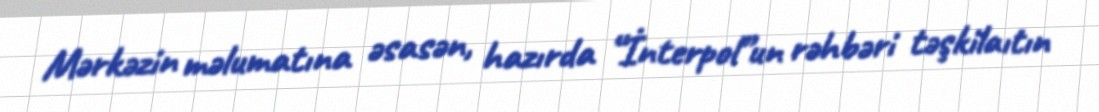
Mərkəzin məlumatına əsasən, hazırda “İnterpol”un rəhbəri təşkilaıtın